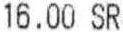
16.00 SR